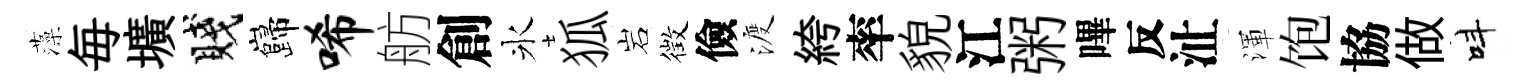
藻毎壙賤巋唏舫創氷狐岩徴儉渡絝率貌江粥嗶反沚渾饱協做呌